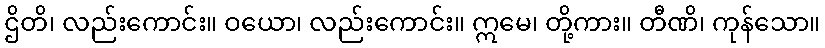
ဌိတိ၊ လည်းကောင်း။ ဝယော၊ လည်းကောင်း။ ဣမေ၊ တို့ကား။ တီဏိ၊ ကုန်သော။